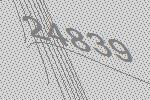
24839